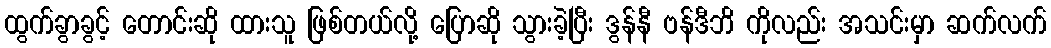
ထွက်ခွာခွင့် တောင်းဆို ထားသူ ဖြစ်တယ်လို့ ပြောဆို သွားခဲ့ပြီး ဒွန်နီ ဗန်ဒီဘိ ကိုလည်း အသင်းမှာ ဆက်လက်